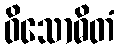
ဝိသောဓိတံ